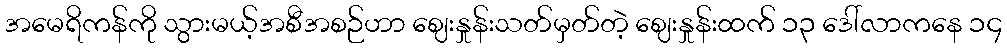
အမေရိကန်ကို သွားမယ့်အစီအစဉ်ဟာ ဈေးနှုန်းသတ်မှတ်တဲ့ ဈေးနှုန်းထက် ၁၃ ဒေါ်လာကနေ ၁၄